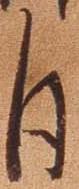
自